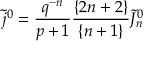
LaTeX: \tilde { j } ^ { 0 } = { \frac { q ^ { - n } } { p + 1 } } { \frac { \{ 2 n + 2 \} } { \{ n + 1 \} } } \tilde { J } _ { n } ^ { 0 }